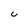
Character: U